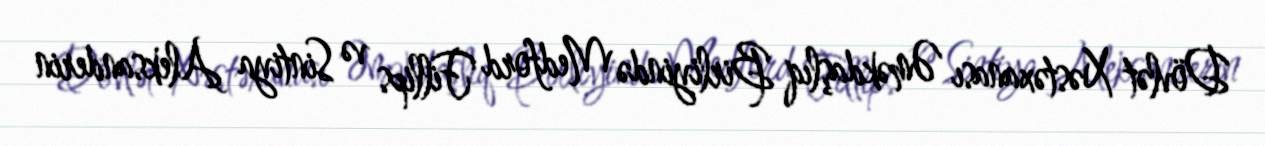
Dövlət Xəstəxanası Əməkdaşlıq Birliyində Medford Fillips və Sintiya Aleksanderin